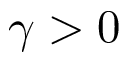
\gamma > 0